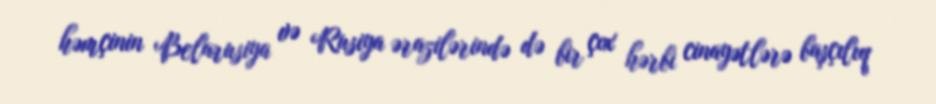
həmçinin Belarusiya və Rusiya ərazilərində də bir çox hərbi cinayətlərə başçılıq